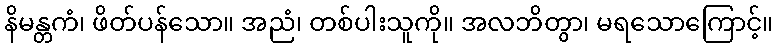
နိမန္တကံ၊ ဖိတ်ပန်သော။ အညံ၊ တစ်ပါးသူကို။ အလဘိတွာ၊ မရသောကြောင့်။